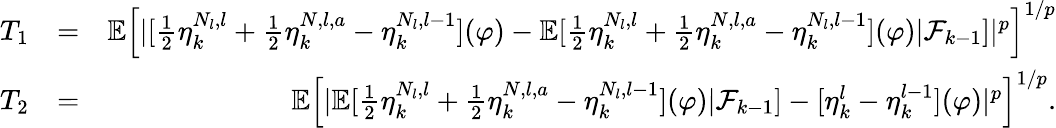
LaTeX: \begin{array}{rlr}{T_{1}}&{=}&{\mathbb{E}\left[|[\frac{1}{2}\eta_{k}^{N_{l},l}+\frac{1}{2}\eta_{k}^{N,l,a}-\eta_{k}^{N_{l},l-1}](\varphi)-\mathbb{E}[\frac{1}{2}\eta_{k}^{N_{l},l}+\frac{1}{2}\eta_{k}^{N,l,a}-\eta_{k}^{N_{l},l-1}](\varphi)|\mathcal{F}_{k-1}]|^{p}\right]^{1/p}}\\ {T_{2}}&{=}&{\mathbb{E}\left[|\mathbb{E}[\frac{1}{2}\eta_{k}^{N_{l},l}+\frac{1}{2}\eta_{k}^{N,l,a}-\eta_{k}^{N_{l},l-1}](\varphi)|\mathcal{F}_{k-1}]-[\eta_{k}^{l}-\eta_{k}^{l-1}](\varphi)|^{p}\right]^{1/p}.}\end{array}